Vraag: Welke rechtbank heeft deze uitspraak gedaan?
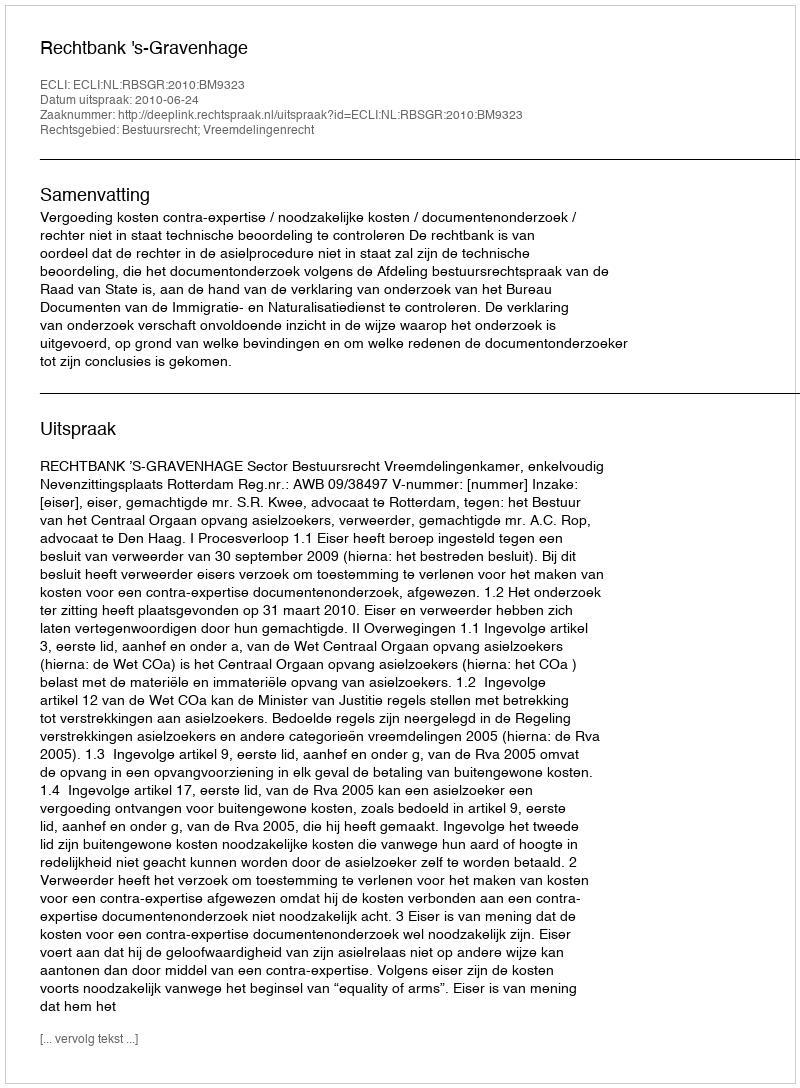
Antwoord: Rechtbank 's-Gravenhage